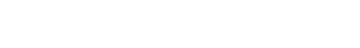
သူဟာ အဲဒီအတွက် ဝမ်းနည်းနေမယ့်ပထမဆုံးသူဖြစ်မှာပါ။